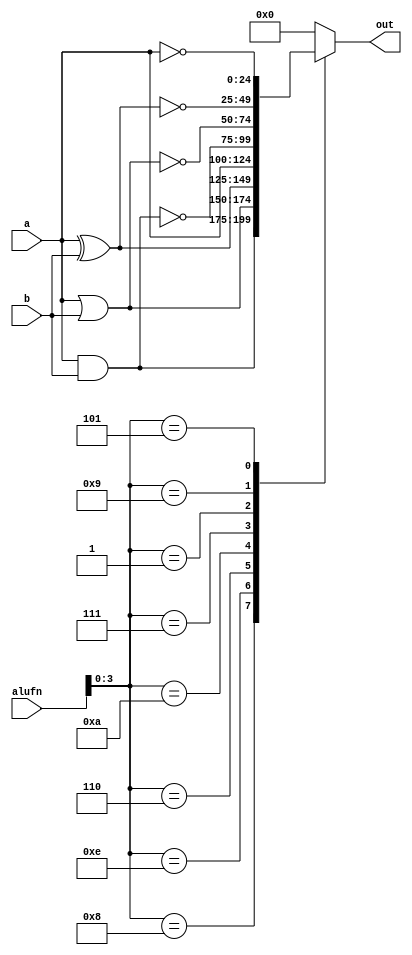
/*
   This file was generated automatically by the Mojo IDE version B1.3.6.
   Do not edit this file directly. Instead edit the original Lucid source.
   This is a temporary file and any changes made to it will be destroyed.
*/

module boole_27 (
    input [24:0] a,
    input [24:0] b,
    input [5:0] alufn,
    output reg [24:0] out
  );
  
  
  
  always @* begin
    
    case (alufn[0+3-:4])
      4'h8: begin
        out = a & b;
      end
      4'he: begin
        out = a | b;
      end
      4'h6: begin
        out = a ^ b;
      end
      4'ha: begin
        out = a;
      end
      4'h7: begin
        out = ~(a & b);
      end
      4'h1: begin
        out = ~(a | b);
      end
      4'h9: begin
        out = ~(a ^ b);
      end
      4'h5: begin
        out = ~a;
      end
      default: begin
        out = 1'h0;
      end
    endcase
  end
endmodule